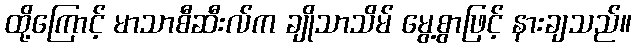
ထို့ကြောင့် မာသာစီဆီးလ်က ချိုသာသိမ် မွေ့စွာဖြင့် နားချသည်။